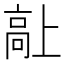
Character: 𱅷